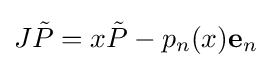
J{\tilde {P}}=x{\tilde {P}}-p_{n}(x)\mathbf {e} _{n}